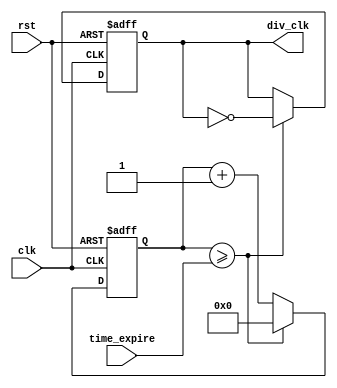
module clk_div(clk, rst, time_expire, div_clk);
	input				clk, rst;
	input		[24:0]	time_expire;
	output reg			div_clk;

	reg			[24:0]	count;
	
	always @(posedge clk or negedge rst) begin
		if (!rst) begin
			count <= 25'd0;
			div_clk <= 1'b0;
		end
		else begin
			if (count >= time_expire) begin
				count <= 25'd0;
				div_clk <= ~div_clk;
			end
			else begin
				count <= count + 25'd1;
			end
		end
	end
endmodule